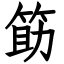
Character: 筯